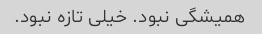
همیشگی نبود. خیلی تازه نبود.